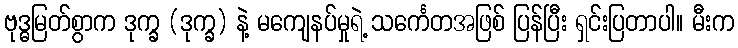
ဗုဒ္ဓမြတ်စွာက ဒုက္ခ (ဒုက္ခ) နဲ့ မကျေနပ်မှုရဲ့ သင်္ကေတအဖြစ် ပြန်ပြီး ရှင်းပြတာပါ။ မီးက